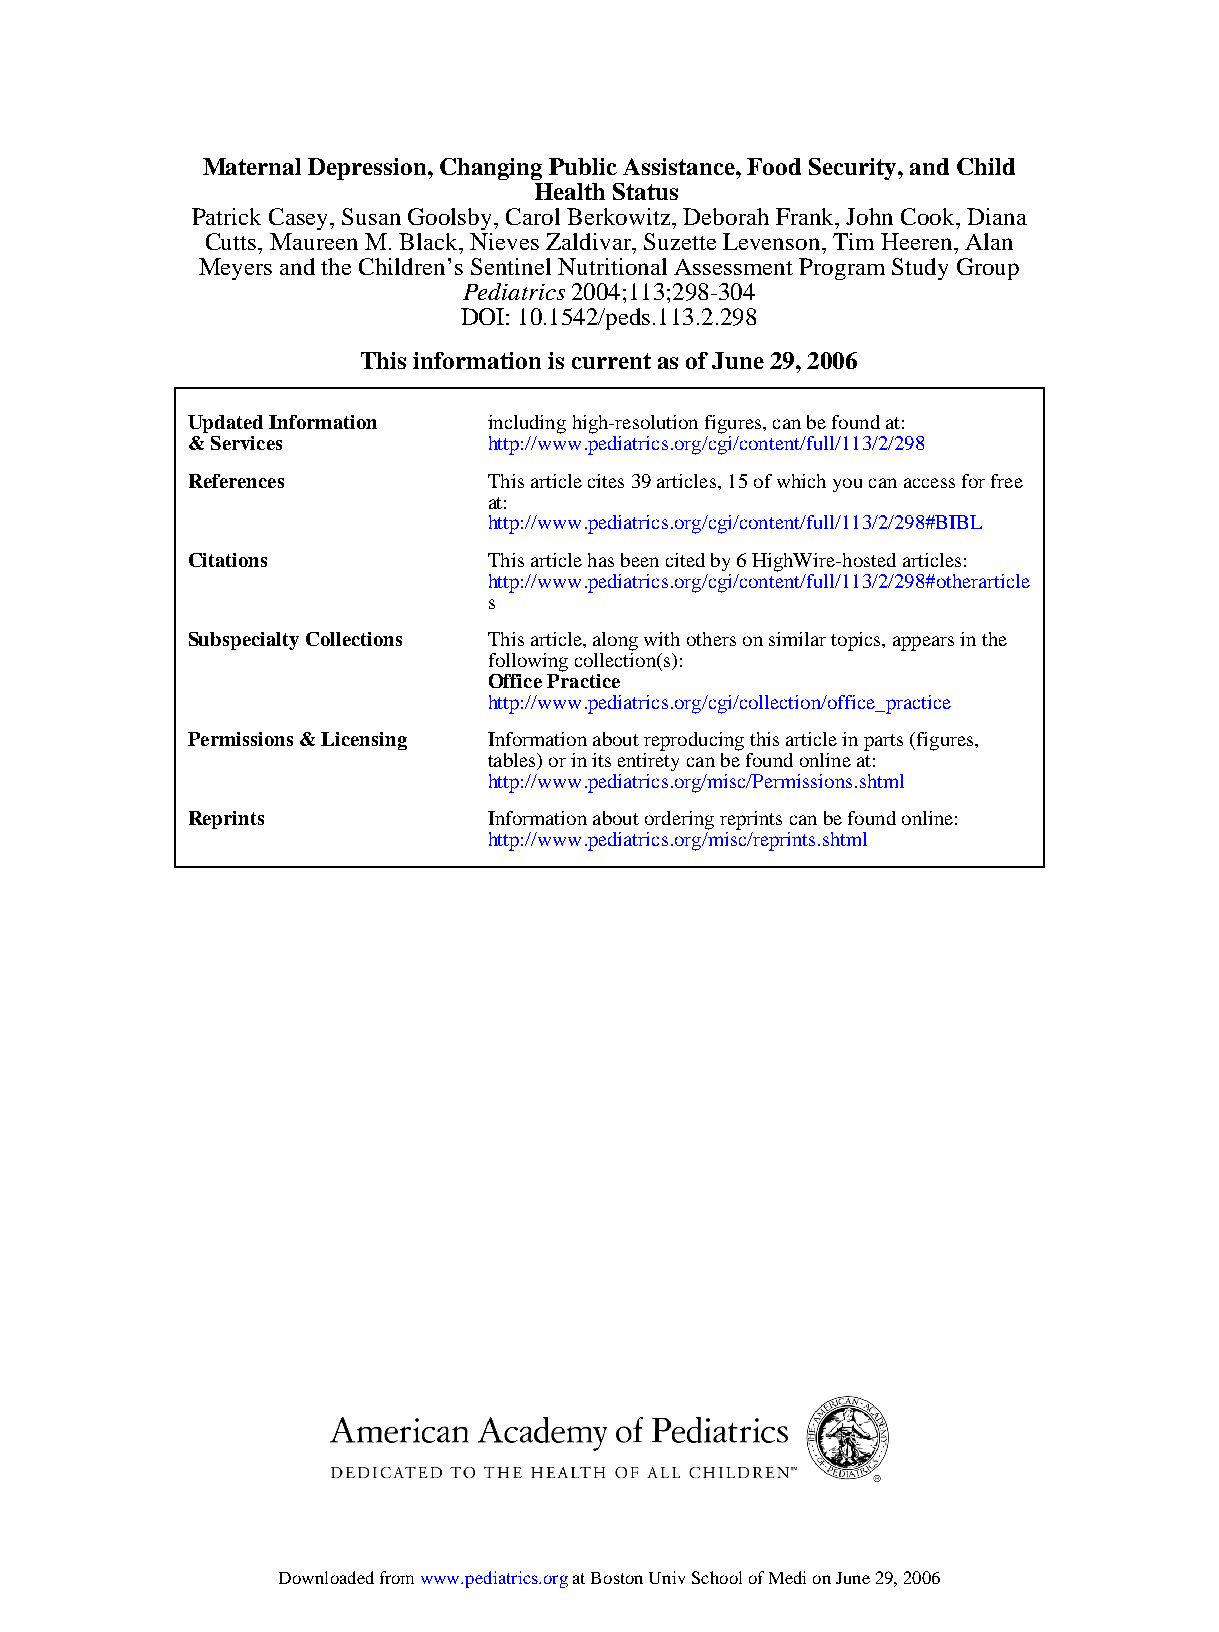
Maternal Depression, Changing Public Assistance, Food Security, and Child
 Health Status
 Patrick Casey, Susan Goolsby, Carol Berkowitz, Deborah Frank, John Cook, Diana
 Cutts, Maureen M. Black, Nieves Zaldivar, Suzette Levenson, Tim Heeren, Alan
 Meyers and the Children’s Sentinel Nutritional Assessment Program Study Group
 Pediatrics 2004;113;298-304
 DOI: 10.1542/peds.113.2.298
 This information is current as of June 29, 2006
 Updated Information including high-resolution figures, can be found at:
 & Services          http://www.pediatrics.org/cgi/content/full/113/2/298
 References          This article cites 39 articles, 15 of which you can access for free
 at:
 http://www.pediatrics.org/cgi/content/full/113/2/298#BIBL
 Citations           This article has been cited by 6 HighWire-hosted articles:
 http://www.pediatrics.org/cgi/content/full/113/2/298#otherarticle
 s
 Subspecialty Collections This article, along with others on similar topics, appears in the
 following collection(s):
 Office Practice
 http://www.pediatrics.org/cgi/collection/office_practice
 Permissions & Licensing Information about reproducing this article in parts (figures,
 tables) or in its entirety can be found online at:
 http://www.pediatrics.org/misc/Permissions.shtml
 Reprints            Information about ordering reprints can be found online:
 http://www.pediatrics.org/misc/reprints.shtml
 Downloaded from www.pediatrics.org at Boston Univ School of Medi on June 29, 2006